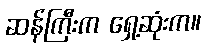
ဆန်ကြီးက ရှေ့ဆုံးက။